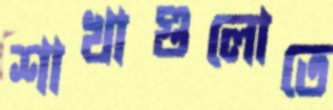
শাখাগুলোতে